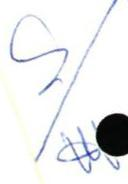
S/W